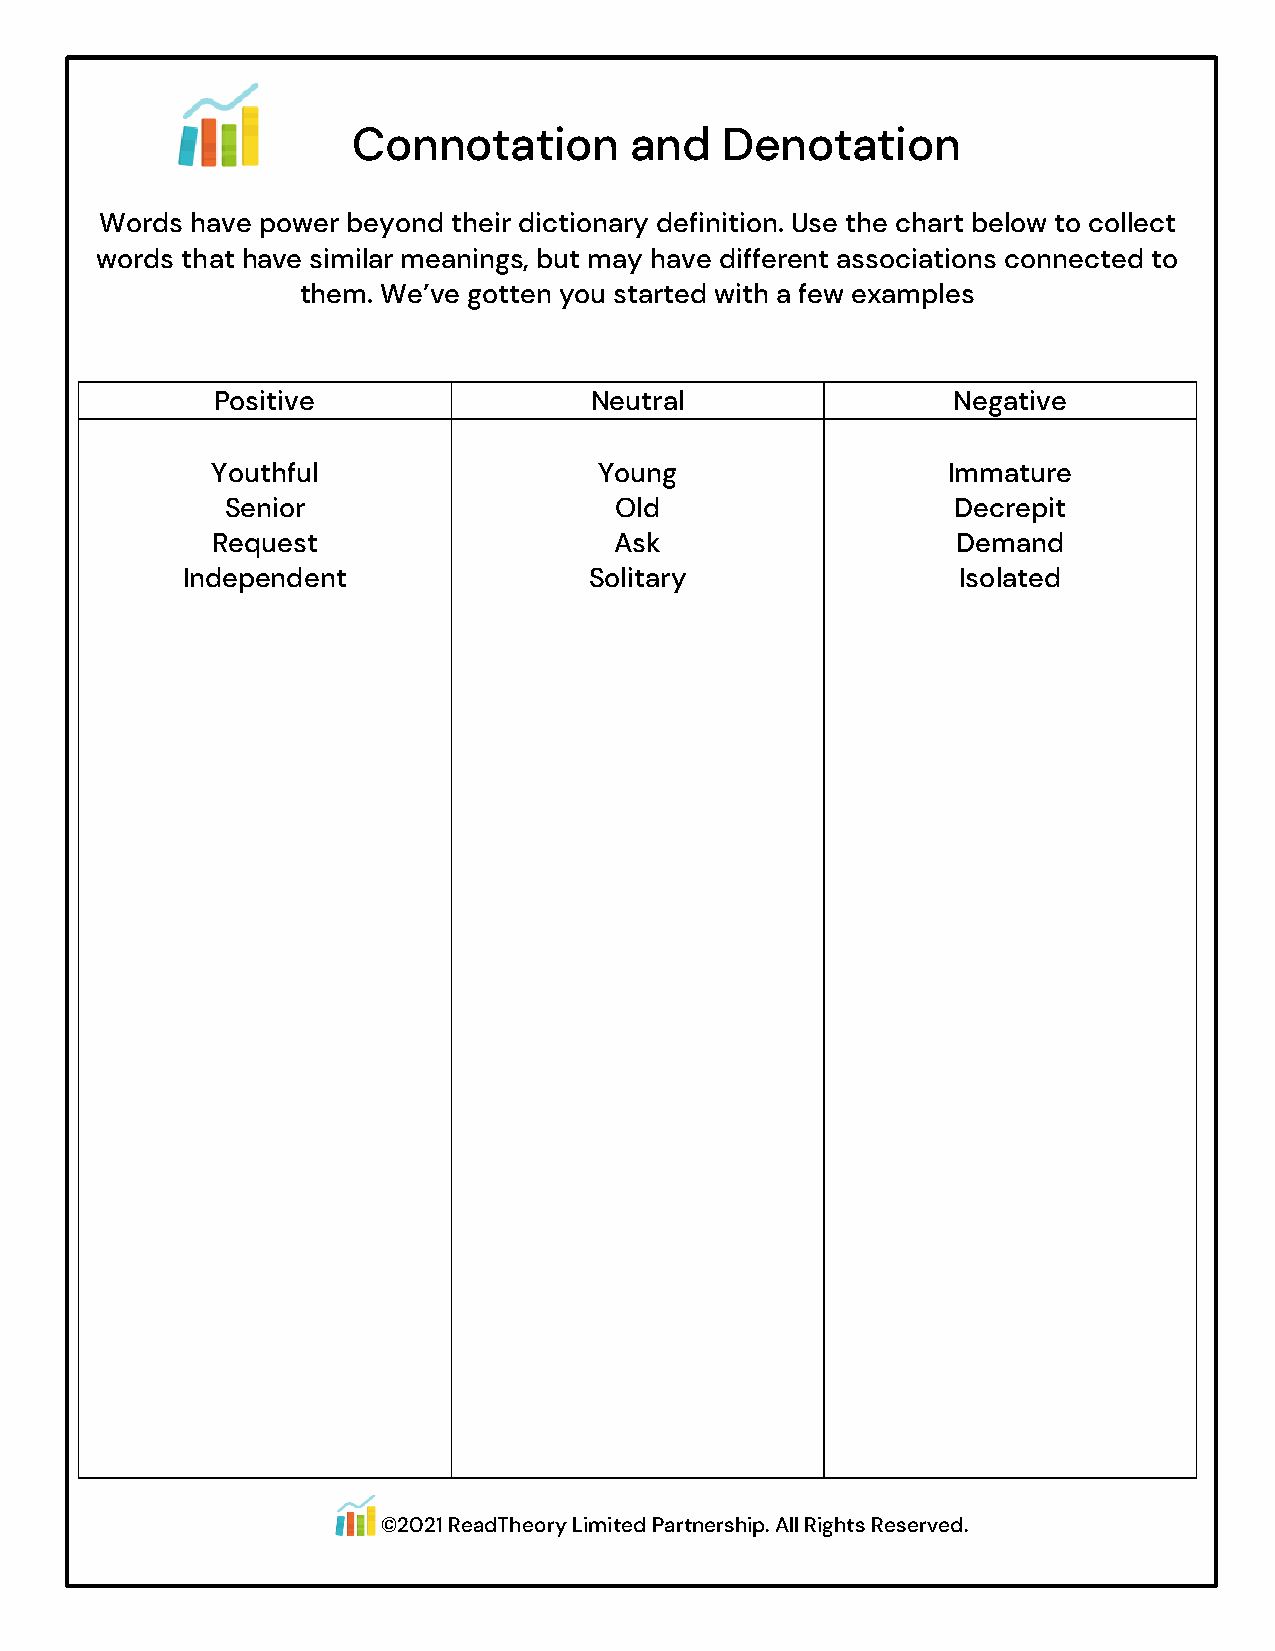
Connotation        and   Denotation
 Words have power beyond their dictionary definition. Use the chart below to collect
 words that have similar meanings, but may have different associations connected to
 them. We’ve gotten you started with a few examples
 Positive                 Neutral                 Negative
 Youthful                  Young                  Immature
 Senior                    Old                   Decrepit
 Request                    Ask                   Demand
 Independent                Solitary                Isolated
 ©2021 ReadTheory Limited Partnership. All Rights Reserved.